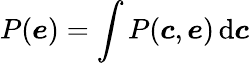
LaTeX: P(\boldsymbol{e})=\int P(\boldsymbol{c},\boldsymbol{e})\, \mathrm{d}\boldsymbol{c}